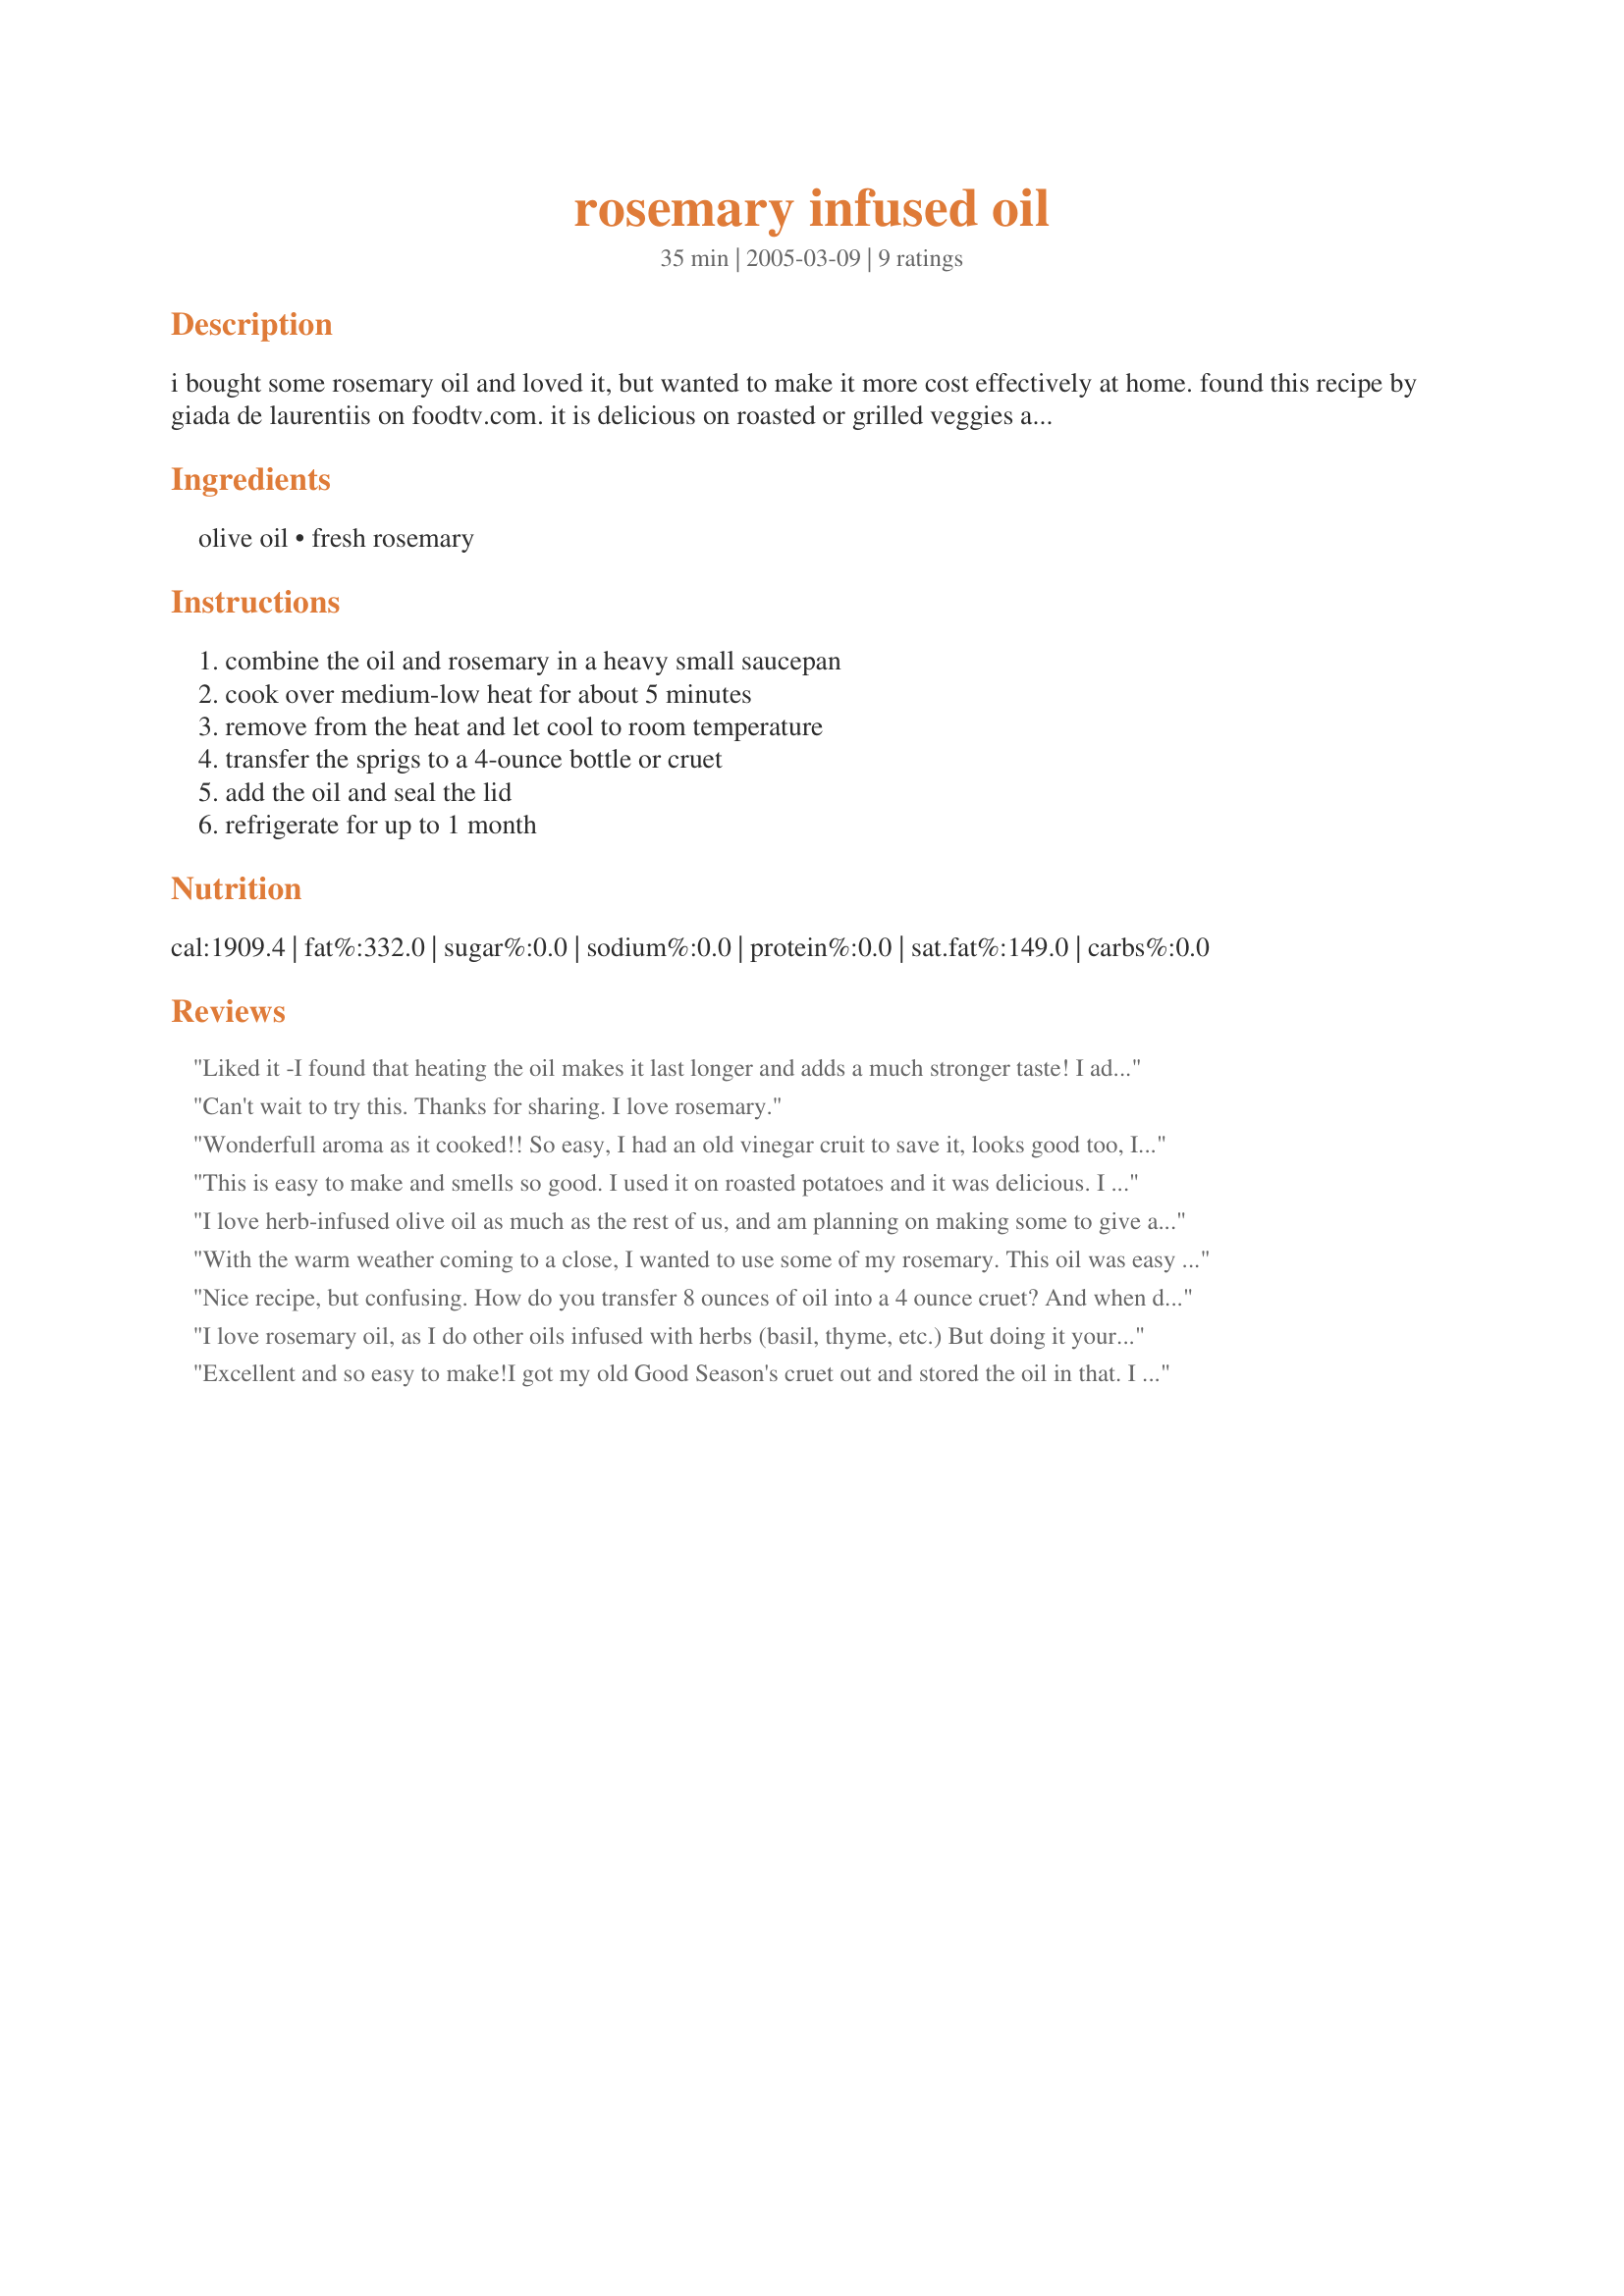
rosemary infused oil
Preparation time: 35 minutes

i bought some rosemary oil and loved it, but wanted to make it more cost effectively at home. found this recipe by giada de laurentiis on foodtv.com. it is delicious on roasted or grilled veggies and in salad dressings.

Ingredients:
olive oil, fresh rosemary

Steps:
combine the oil and rosemary in a heavy small saucepan, cook over medium-low heat for about 5 minutes, remove from the heat and let cool to room temperature, transfer the sprigs to a 4-ounce bottle or cruet, add the oil and seal the lid, refrigerate for up to 1 month

Reviews:
Liked it -I found that heating the oil makes it last longer and adds a much stronger taste! I added a little kosher salt and some peppercorns.
Can't wait to try this. Thanks for sharing. I love rosemary.
Wonderfull aroma as it cooked!! So easy, I had an old vinegar cruit to save it, looks good too, I will be using it on our roasted veggies for dinner tonight. By "finger taste" , I'm sure it will be perfect!! It was a great way to use the last of my rosemary in my patio pot, thanks for sharing a keeper!
This is easy to make and smells so good. I used it on roasted potatoes and it was delicious. I saw a recipe here for using rosemary oil on popcorn and I will try that next. Great recipe!
I love herb-infused olive oil as much as the rest of us, and am planning on making some to give as gifts for Christmas. After reading the post regarding the risk of harmful bacteria, I did a web search on the subject. The Oliveoilsource.com website tells us that there are 4 ways to make this delicious oil at home. 1. Use it within a week. 2. Preserve the ingredients with vinegar or brine. 3. Dry the herbs with a dehydrator first. 4. Press the olives with the spices. I will be drying my fresh rosemary in a dehydrator before preparing, and then make sure to tell any gift recipients to refrigerate it and use it within a month. If they want to preserve it longer they can freeze it.
With the warm weather coming to a close, I wanted to use some of my rosemary. This oil was easy to make. I've used it when making homefries and everyone loved them.
Nice recipe, but confusing. How do you transfer 8 ounces of oil into a 4 ounce cruet? And when do you start timing the simmering? When you first turn on the flame, or a few minutes later?
I love rosemary oil, as I do other oils infused with herbs (basil, thyme, etc.) But doing it yourself is risky. With fresh herbs, there is water present, and where's there's water there's the potential for bacteria and botulism. I am a BIG fan of Giada's and perhaps just keeping it refrigerated for a month is considered safe, but read anywhere on the net and you'll find out that it's dangerous to do this kind of thing. The herb infused oils we buy in the store are safe because they infuse the oil safely (additives?) to keep the bacteria from occurring, something impossible to duplicate at home. The best way to have a rosemary infused oil is to make it just as you need it. And never more than you can use at one time. I cannot believe I'm disagreeing with Giada (I truly love her!), but infusing your own herbs with olive oil (especially leaving them inside the container) is just asking for trouble. Sorry. I would honestly love to do this with rosemary and lots of other herbs (I have a huge herb garden), but I learned long ago it's dangerous and you can get very sick from it.
Excellent and so easy to make!I got my old Good Season's cruet out and stored the oil in that. I used the oil as a dip for italian bread. I added some fresh groud pepper and a pinch of kosher salt. Swirled it around and it was ready for dipping. My DF didn't even touch the butter I put out on the table. This is heavenly, thanks for sharing!
